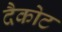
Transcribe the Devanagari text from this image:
दैकोट